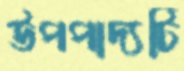
উপপাদ্যটি